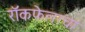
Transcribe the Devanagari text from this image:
रॉकफेलरचा